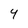
Character: Y